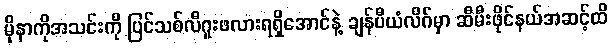
မိုနာကိုအသင်းကို ပြင်သစ်လီဂူးဖလားရရှိအောင်နဲ့ ချန်ပီယံလိဂ်မှာ ဆီမီးဖိုင်နယ်အဆင့်ထိ